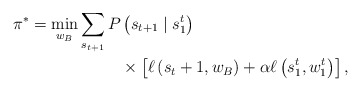
\begin{align*}\pi^{*} = \min _{w_B} \sum_{s_{t+1}} P &\left(s_{t+1} \mid s_{1}^{t}\right) \\ & \times\left[\ell\left(s_t+1, w_B \right)+\alpha \ell\left(s_1^{t}, w_1^{t}\right)\right],\end{align*}